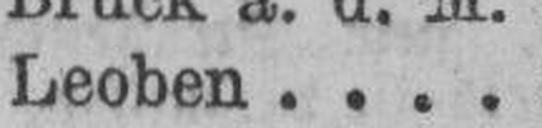
Leoben